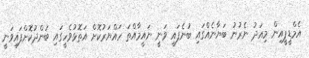
އެމްޑީޕީއިން މިއަދު ނެރުނު ބަޔާނެއްގައި ބުނެފައި ވަނީ ނައީމާއްތަ ހައްޔަރުކޮށް އަތޮޅުވެހީގައި ބަންދުކޮށްފައިވަނީ